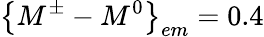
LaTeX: \left\{ M^{\pm}-M^{0}\right\} _{em}=0.4